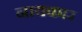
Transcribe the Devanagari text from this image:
नायकार